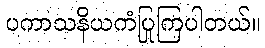
ပကာသနိယကံပြုကြပါတယ်။